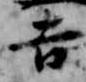
吉